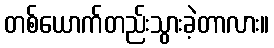
တစ်ယောက်တည်းသွားခဲ့တာလား။